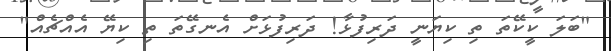
"ބަލަ ކީކޭތަ ތި ކިޔަނީ ދަރިފުޅާ! ދަރިފުޅަށް އެނގޭތަ ތި ކިޔޭ އެއްޗެއް"